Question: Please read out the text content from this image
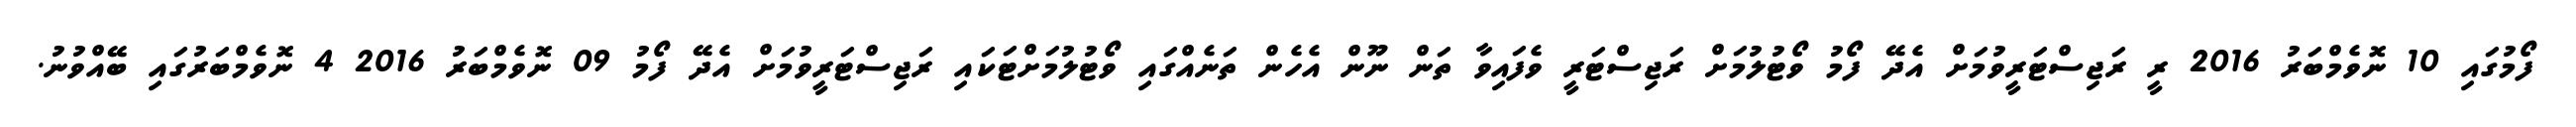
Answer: ފޯމުގައި 10 ނޮވެމްބަރު 2016 ރީ ރަޖިސްޓަރީވުމަށް އެދޭ ފޯމު ވޯޓުލުމަށް ރަޖިސްޓަރީ ވެފައިވާ ތަން ނޫން އެހެން ތަނެއްގައި ވޯޓުލުމަށްޓަކައި ރަޖިސްޓަރީވުމަށް އެދޭ ފޯމު 09 ނޮވެމްބަރު 2016 4 ނޮވެމްބަރުގައި ބޭއްވުނު.